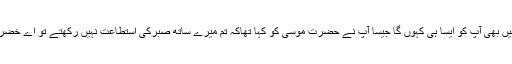
میں بھی آپ کو ایسا ہی کہوں گا جیسا آپ نے حضرت موسیٰؑ کو کہا تھاکہ تم میرے ساتھ صبرکی استطاعت نہیں رکھتے تو اے خضر!